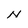
Character: N